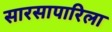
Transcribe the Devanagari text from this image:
सारसापारिला